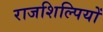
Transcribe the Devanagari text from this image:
राजशिल्पियों